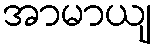
အာမာယျ